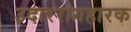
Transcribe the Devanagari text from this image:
उदाररोगहारक